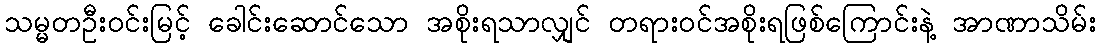
သမ္မတဦးဝင်းမြင့် ခေါင်းဆောင်သော အစိုးရသာလျှင် တရားဝင်အစိုးရဖြစ်ကြောင်းနဲ့ အာဏာသိမ်း